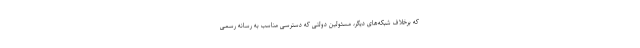
که برخلاف شبکه‌های دیگر، مسئولین دولتی که دسترسی مناسب به رسانه رسمی